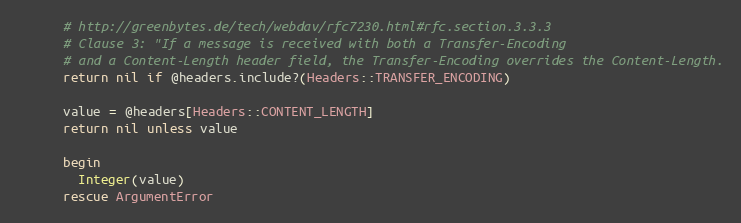
Language: Ruby
      # http://greenbytes.de/tech/webdav/rfc7230.html#rfc.section.3.3.3
      # Clause 3: "If a message is received with both a Transfer-Encoding
      # and a Content-Length header field, the Transfer-Encoding overrides the Content-Length.
      return nil if @headers.include?(Headers::TRANSFER_ENCODING)

      value = @headers[Headers::CONTENT_LENGTH]
      return nil unless value

      begin
        Integer(value)
      rescue ArgumentError